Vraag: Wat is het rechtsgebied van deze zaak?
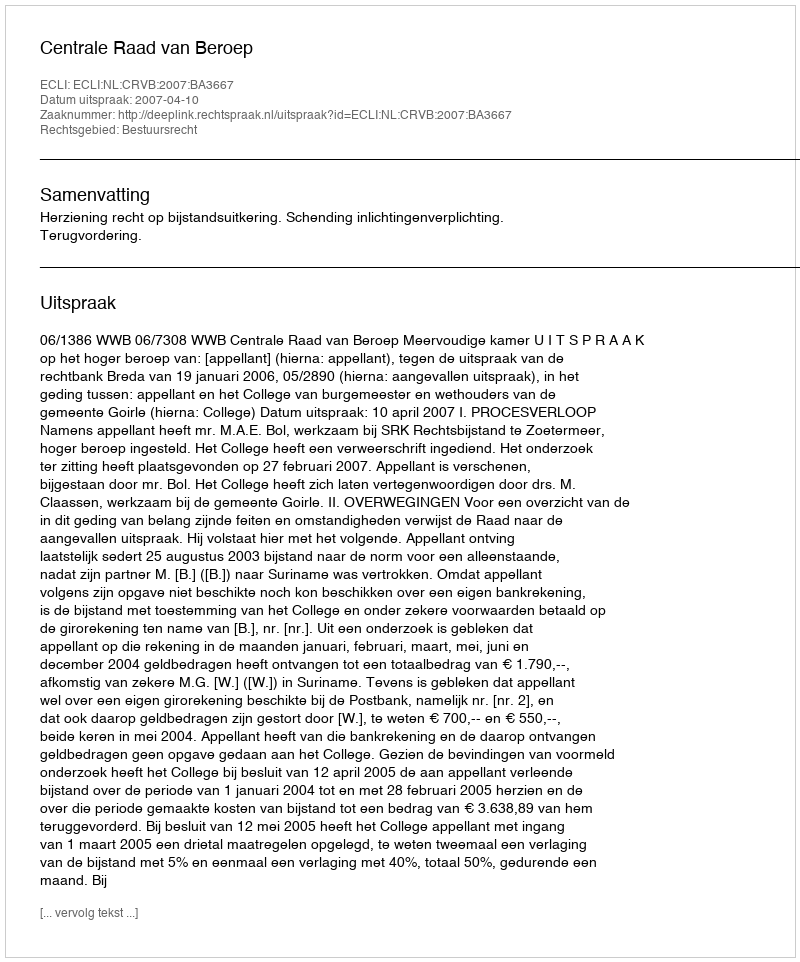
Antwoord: Bestuursrecht